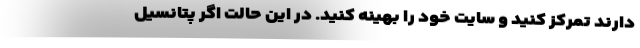
دارند تمرکز کنید و سایت خود را بهینه کنید. در این حالت اگر پتانسیل